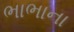
ભાભાના